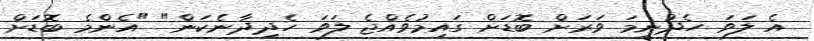
އެ ލަވަ ހެދުނީމަ ވަރަށް ބޮޑަށް ގައިމުވެއްޖެ ލަވަ ހެދިދާނެކަން" "އެންމެ ބޮޑަށް